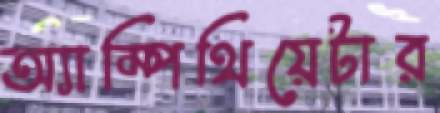
অ্যাম্পিথিয়েটার